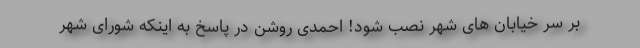
بر سر خیابان های شهر نصب شود! احمدی روشن در پاسخ به اینکه شورای شهر